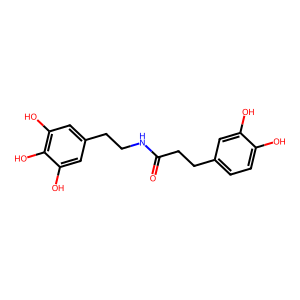
SMILES: O=C(CCc1ccc(O)c(O)c1)NCCc1cc(O)c(O)c(O)c1
Inhibits HIV replication: No